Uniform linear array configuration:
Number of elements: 4
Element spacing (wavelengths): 0.5
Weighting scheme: cosine
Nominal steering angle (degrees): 45
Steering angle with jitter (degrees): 43.762
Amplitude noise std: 0.05
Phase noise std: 0.05

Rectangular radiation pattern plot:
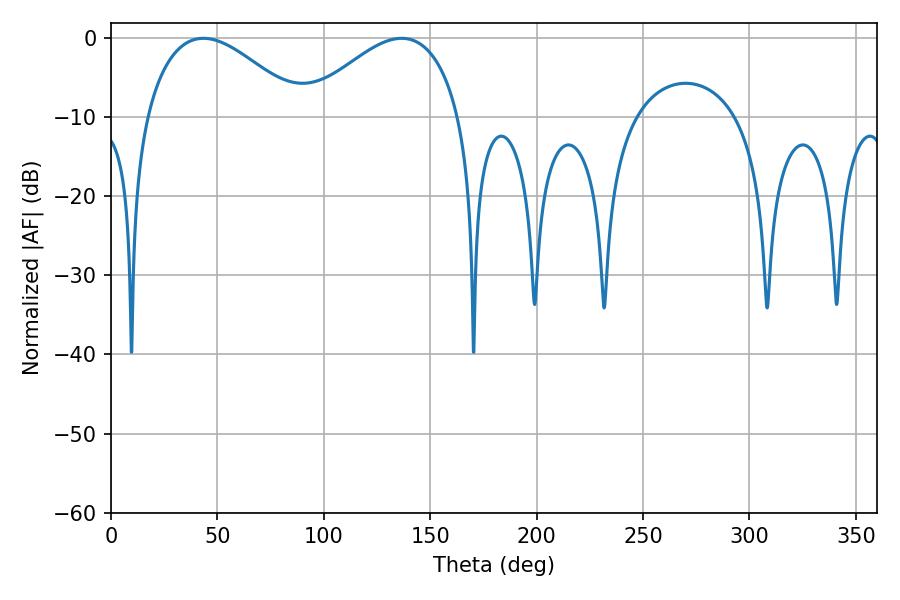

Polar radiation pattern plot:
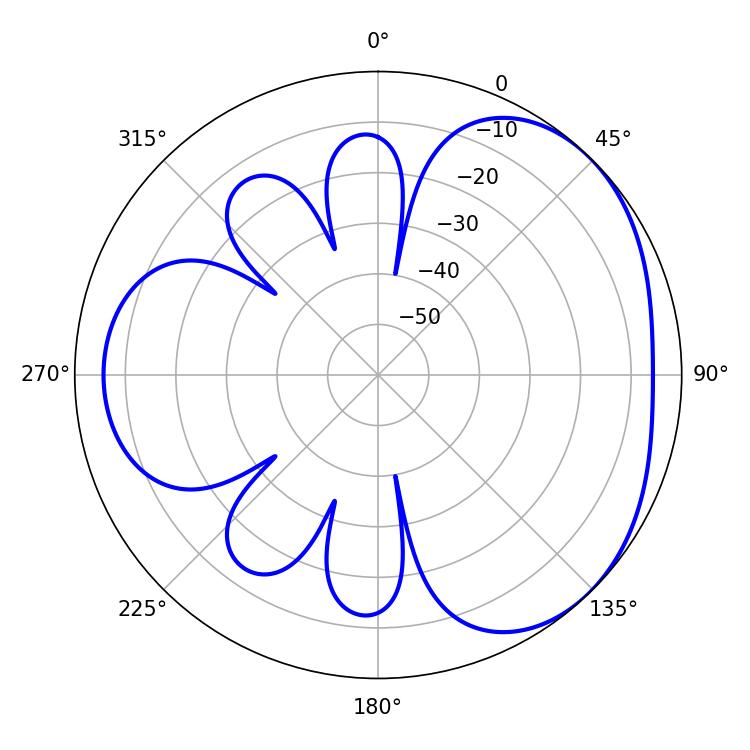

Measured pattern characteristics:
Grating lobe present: FALSE
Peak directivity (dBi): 3.404
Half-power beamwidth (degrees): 40.32
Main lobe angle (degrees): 43.38